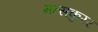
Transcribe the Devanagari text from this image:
मत्सकुरर